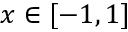
x \in [ - 1 , 1 ]